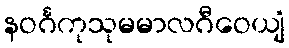
နဝင်္ဂကုသုမမာလဂီဝေယျံ